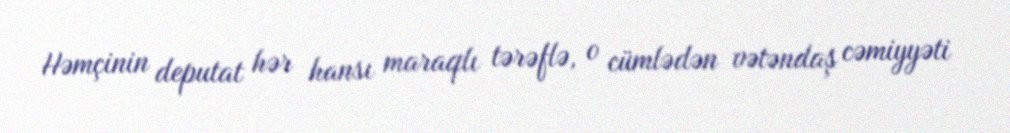
Həmçinin deputat hər hansı maraqlı tərəflə, o cümlədən vətəndaş cəmiyyəti